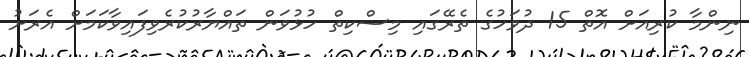
ނިންމާ ކުރިއަށް އޮތް 15 ދުވަހުގެ ތެރޭގައި މިސްކިތް ހުޅުވަން ތައްޔާރުކުރެވިފައިވާކަމަށް އެރަށު